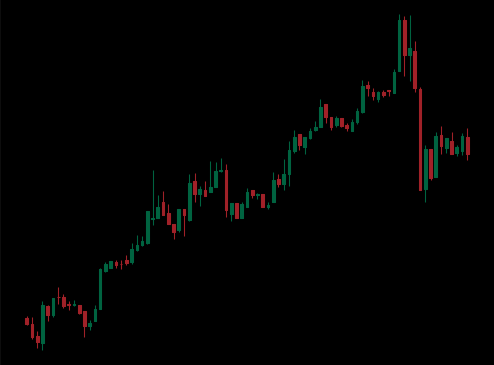
Pattern: bear_flag